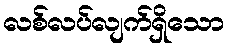
လစ်လပ်လျက်ရှိသော